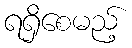
ရရှိစေမည့်